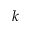
k